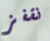
نقفز